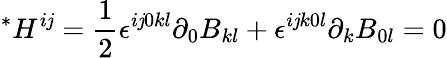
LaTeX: {}^{*}H^{i\mathit{j}}=\frac{{1}}{{2}}\epsilon^{i\mathit{j}0kl}\partial_{0}B_{kl}+\epsilon^{i\mathit{j}k0l}\partial_{k}B_{0l}=0